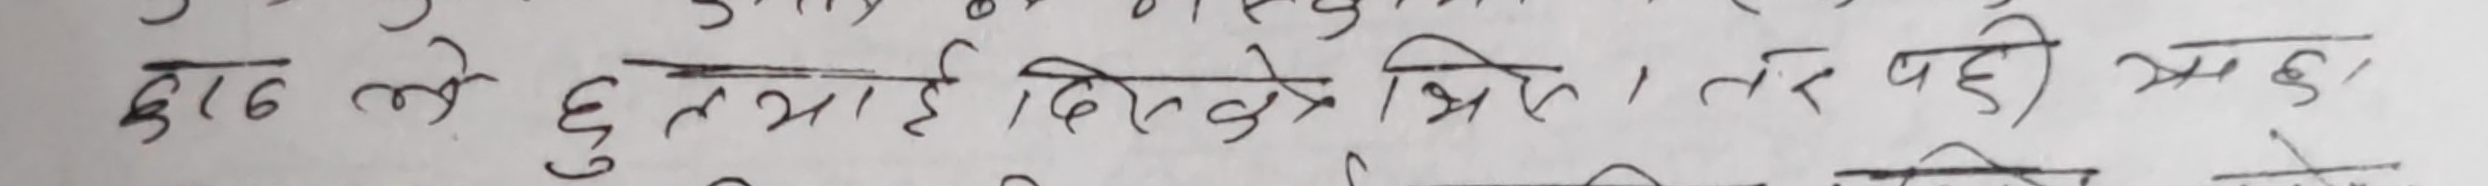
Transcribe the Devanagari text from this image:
ढाढ ले छु त आई दिल्के भित्रा । तर पही अर्को